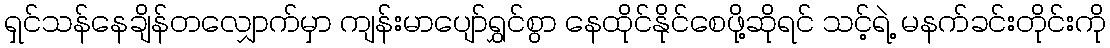
ရှင်သန်နေချိန်တလျှောက်မှာ ကျန်းမာပျော်ရွှင်စွာ နေထိုင်နိုင်စေဖို့ဆိုရင် သင့်ရဲ့ မနက်ခင်းတိုင်းကို